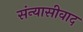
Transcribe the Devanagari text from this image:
संन्यासीवाद